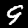
Digit: 9